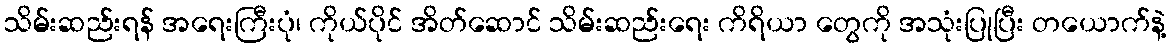
သိမ်းဆည်းရန် အရေးကြီးပုံ၊ ကိုယ်ပိုင် အိတ်ဆောင် သိမ်းဆည်းရေး ကိရိယာ တွေကို အသုံးပြုပြီး တယောက်နဲ့